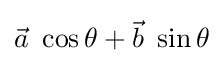
{\vec {a}}\ \cos \theta +{\vec {b}}\ \sin \theta